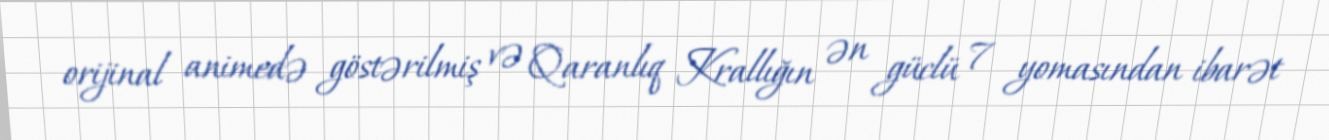
orijinal animedə göstərilmiş və Qaranlıq Krallığın ən güclü 7 yomasından ibarət